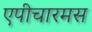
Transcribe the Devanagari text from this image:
एपीचारमस